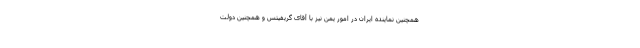
همچنین نماینده ایران در امور یمن نیز با آقای گریفیتس و همچنین دولت